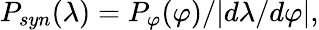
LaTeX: P_{syn}(\lambda)=P_{\varphi}(\varphi)/|d\lambda/d\varphi|,